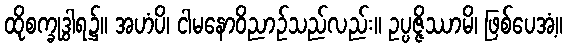
ထိုစက္ခုဒွါရ၌။ အဟံပိ၊ ငါမနောဝိညာဉ်သည်လည်း။ ဥပ္ပဇ္ဇိဿာမိ၊ ဖြစ်ပေအံ့။